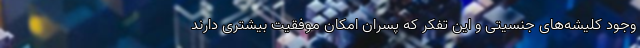
وجود کلیشه‌های جنسیتی و این تفکر که پسران امکان موفقیت بیشتری دارند